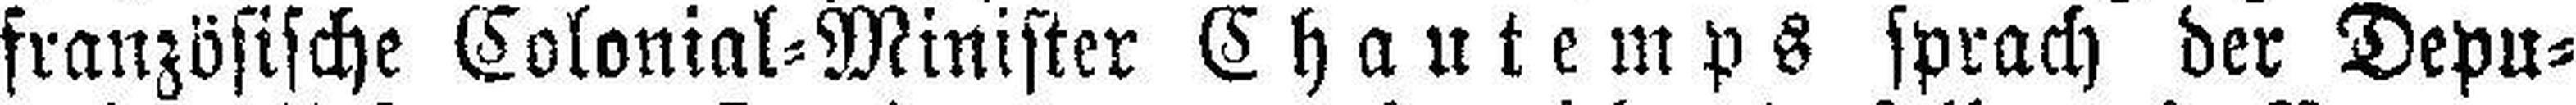
französische Colonial=Minister Chautemps sprach der Depu¬